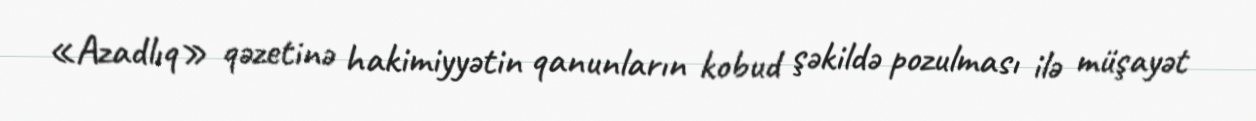
«Azadlıq» qəzetinə hakimiyyətin qanunların kobud şəkildə pozulması ilə müşayət